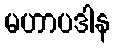
မဟာပဒါန